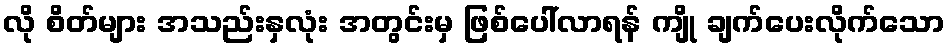
လို စိတ်များ အသည်းနှလုံး အတွင်းမှ ဖြစ်ပေါ်လာရန် ကျို ချက်ပေးလိုက်သော